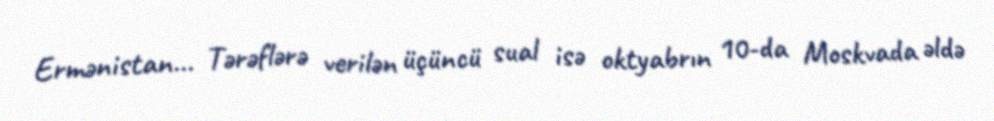
Ermənistan... Tərəflərə verilən üçüncü sual isə oktyabrın 10-da Moskvada əldə